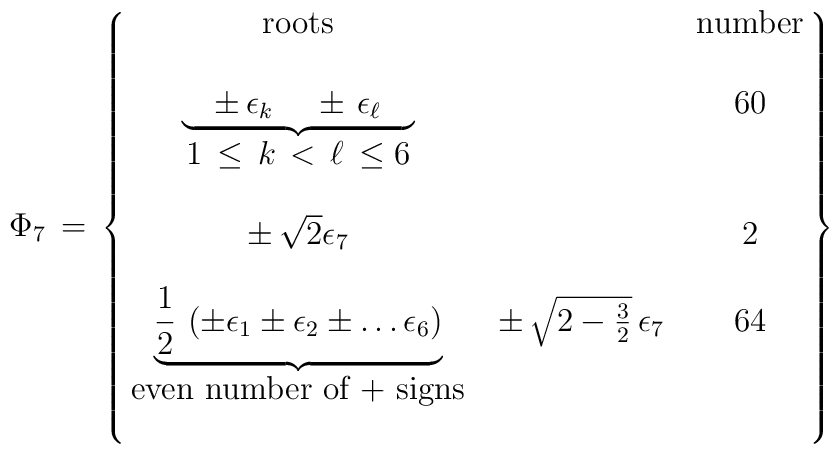
\Phi_{7} \, = \,  \left \{\matrix { \mbox{roots} & \null &\mbox{number} \cr\null & \null & \null \cr{\underbrace {\quad \pm \, \epsilon_k \,\quad \pm \, \epsilon_\ell \quad}} & \null & 60 \cr1 \,\le \,  k \, < \, \ell \, \le 6  & \null & \null \cr\null & \null \cr \pm \, \sqrt {2} \epsilon_7 & \null & 2 \cr \null & \null & \null\cr {\underbrace {\frac 1 2 \, \left (\pm \epsilon_1 \pm \epsilon_2 \pm \dots \epsilon_6\right ) }}& \pm \, \sqrt{2 - \frac 3 2 } \, \epsilon_{7}   &   64 \cr\mbox{even number of + signs} & \null & \null \cr \null & \null & \null \cr}    \right \}